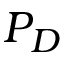
P _ { D }